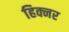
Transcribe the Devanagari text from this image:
हिक्नर